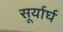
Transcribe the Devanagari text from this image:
सूर्यार्घ